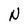
Character: N